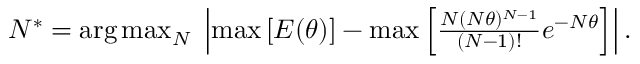
\begin{array} { r } { N ^ { * } = \arg \operatorname* { m a x } _ { N } \; \left| \operatorname* { m a x } \left[ { E ( \theta ) } \right] - \operatorname* { m a x } \left[ \frac { N ( N \theta ) ^ { N - 1 } } { ( N - 1 ) ! } e ^ { - N \theta } \right] \right| . } \end{array}